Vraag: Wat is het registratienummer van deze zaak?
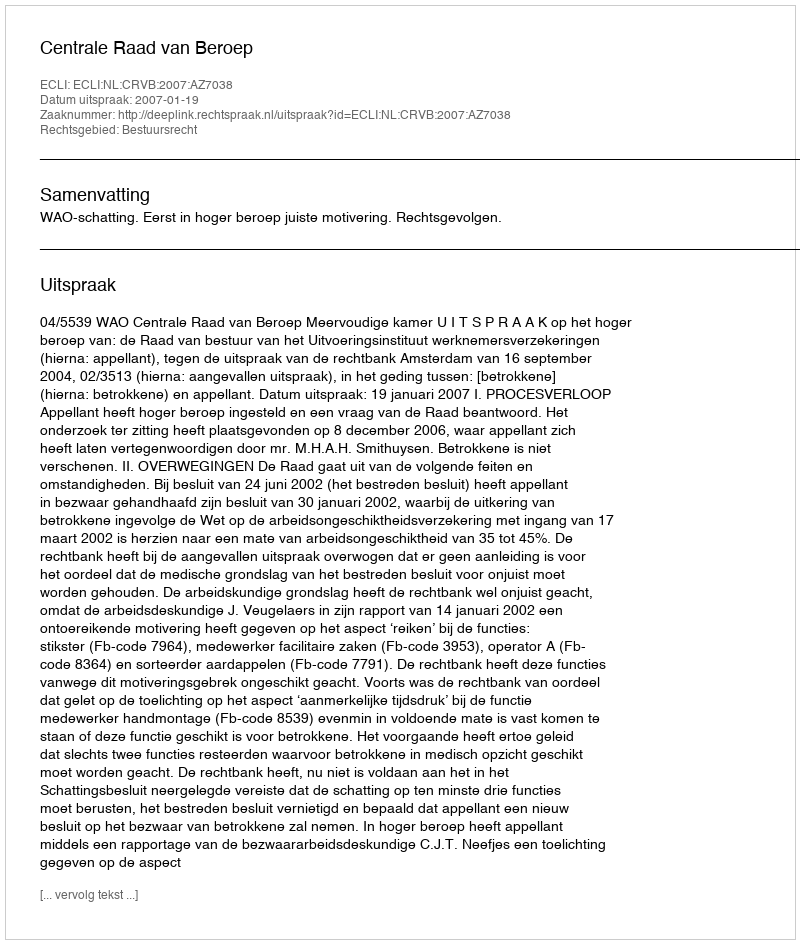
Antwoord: http://deeplink.rechtspraak.nl/uitspraak?id=ECLI:NL:CRVB:2007:AZ7038